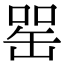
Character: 𦈯